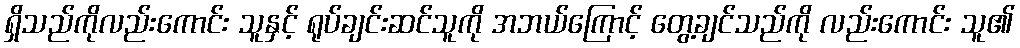
ရှိသည်ကိုလည်းကောင်း သူနှင့် ရုပ်ချင်းဆင်သူကို အဘယ်ကြောင့် တွေ့ချင်သည်ကို လည်းကောင်း သူ၏